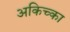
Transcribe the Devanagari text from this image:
अकिच्का